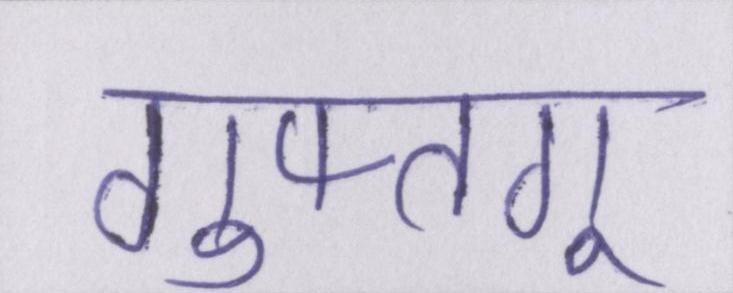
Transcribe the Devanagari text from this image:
गुफ्तगू